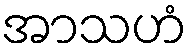
အာသဟံ